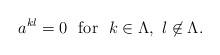
LaTeX: \begin{align*}a^{kl}=0\ \ {\rm for}\ \ k\in\Lambda,\ l\not\in\Lambda.\end{align*}